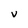
Character: v